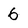
Character: 6